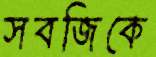
সবজিকে